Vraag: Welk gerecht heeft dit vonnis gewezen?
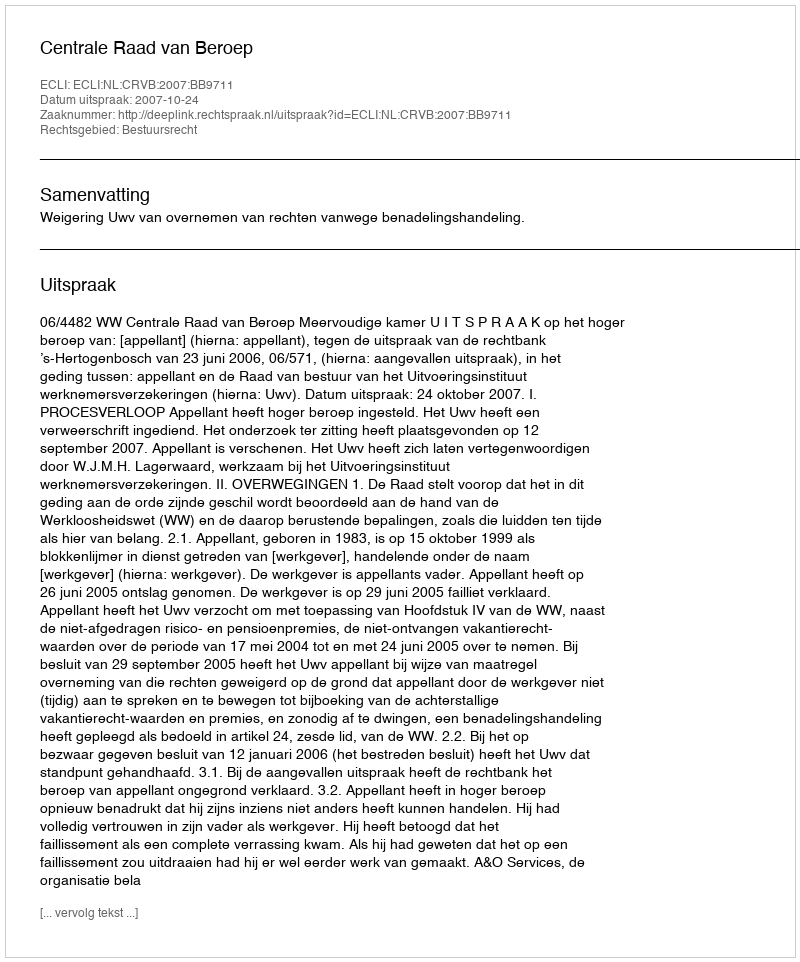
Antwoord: Centrale Raad van Beroep